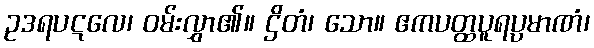
ဥဒရပဋလေ၊ ဝမ်းလွှာ၏။ ဌိတံ၊ သော။ ဧကပတ္ထပူရပ္ပမာဏံ၊